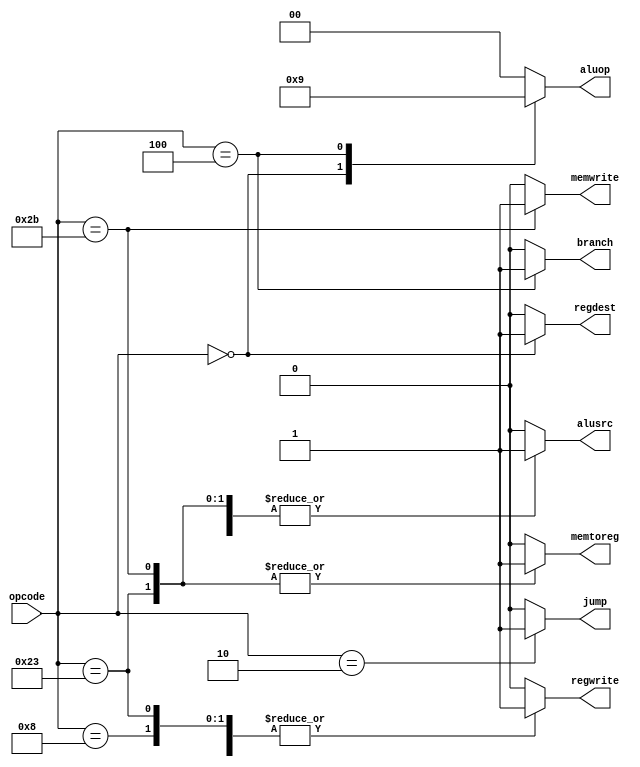
module Main_Decoder (
  input [5:0] opcode,
  output reg [1:0] aluop,
  output reg memwrite,regwrite,regdest,alusrc,jump,memtoreg,branch
);

always @(*) begin
  jump=1'b0;
  aluop=2'b00;
  memwrite=1'b0;
  regwrite=1'b0;
  regdest=1'b0;
  alusrc=1'b0;
  
  memtoreg=1'b0;
  branch=1'b0;
  case (opcode)
    6'b100011:begin
      jump=1'b0;
      aluop=2'b00;
      memwrite=1'b0;
      regwrite=1'b1;
      regdest=1'b0;
      alusrc=1'b1;
      memtoreg=1'b1;
      branch=1'b0;
    end 
    6'b101011:begin
      jump=1'b0;
      aluop=2'b00;
      memwrite=1'b1;
      regwrite=1'b0;
      regdest=1'b0;
      alusrc=1'b1;
      memtoreg=1'b1;
      branch=1'b0;
    end 
    6'b0:begin
      jump=1'b0;
      aluop=2'b10;
      memwrite=1'b0;
      regwrite=1'b1;
      regdest=1'b1;
      alusrc=1'b0;
      memtoreg=1'b0;
      branch=1'b0;
    end 
    6'b001000:begin
    jump=1'b0;
      aluop=2'b00;
      memwrite=1'b0;
      regwrite=1'b1;
      regdest=1'b0;
      alusrc=1'b1;
      memtoreg=1'b0;
      branch=1'b0;
    end 
    6'b000100:begin
      jump=1'b0;
      aluop=2'b01;
      memwrite=1'b0;
      regwrite=1'b0;
      regdest=1'b0;
      alusrc=1'b0;
      memtoreg=1'b0;
      branch=1'b1;
    end 
    6'b000010:begin
      jump=1'b1;
      aluop=2'b00;
      memwrite=1'b0;
      regwrite=1'b0;
      regdest=1'b0;
      alusrc=1'b0;
      memtoreg=1'b0;
      branch=1'b0;
    end 
    default: begin
      jump=1'b0;
      aluop=2'b00;
      memwrite=1'b0;
      regwrite=1'b0;
      regdest=1'b0;
      alusrc=1'b0;
      memtoreg=1'b0;
      branch=1'b0;
    end 
  endcase

end
  
endmodule